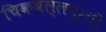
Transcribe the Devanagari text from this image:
चिकबल्लपूरची